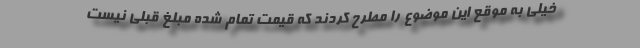
خیلی به موقع این موضوع را مطرح کردند که قیمت تمام شده مبلغ قبلی نیست